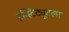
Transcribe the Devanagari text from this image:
इन्स्टिट्यूटला